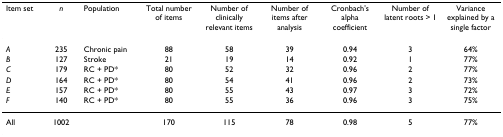
<table><thead><tr><td><b>Item set</b></td><td><b><i>n</i></b></td><td><b>Population</b></td><td><b>Total number of items</b></td><td><b>Number of clinically relevant items</b></td><td><b>Number of items after analysis</b></td><td><b>Cronbach&#x27;s alpha coefficient</b></td><td><b>Number of latent roots &gt; 1</b></td><td><b>Variance explained by a single factor</b></td></tr></thead><tbody><tr><td><i>A</i></td><td>235</td><td>Chronic pain</td><td>88</td><td>58</td><td>39</td><td>0.94</td><td>3</td><td>64%</td></tr><tr><td><i>B</i></td><td>127</td><td>Stroke</td><td>21</td><td>19</td><td>14</td><td>0.92</td><td>1</td><td>77%</td></tr><tr><td><i>C</i></td><td>179</td><td>RC + PD*</td><td>80</td><td>52</td><td>32</td><td>0.96</td><td>2</td><td>77%</td></tr><tr><td><i>D</i></td><td>164</td><td>RC + PD*</td><td>80</td><td>54</td><td>41</td><td>0.96</td><td>2</td><td>73%</td></tr><tr><td><i>E</i></td><td>157</td><td>RC + PD*</td><td>80</td><td>55</td><td>43</td><td>0.97</td><td>3</td><td>72%</td></tr><tr><td><i>F</i></td><td>140</td><td>RC + PD*</td><td>80</td><td>55</td><td>36</td><td>0.96</td><td>3</td><td>75%</td></tr><tr><td>All</td><td>1002</td><td></td><td>170</td><td>115</td><td>78</td><td>0.98</td><td>5</td><td>77%</td></tr></tbody></table>